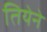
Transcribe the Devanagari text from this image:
तियेने